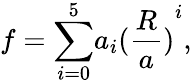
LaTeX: f={\sum_{i=0}^{5}}a_{i}{(\frac{R}{a})}^{i},